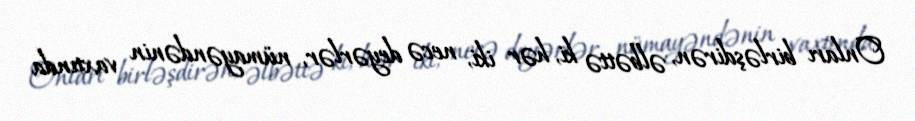
Onları birləşdirən, əlbəttə ki, hər iki, necə deyərlər, nümayəndənin vaxtında